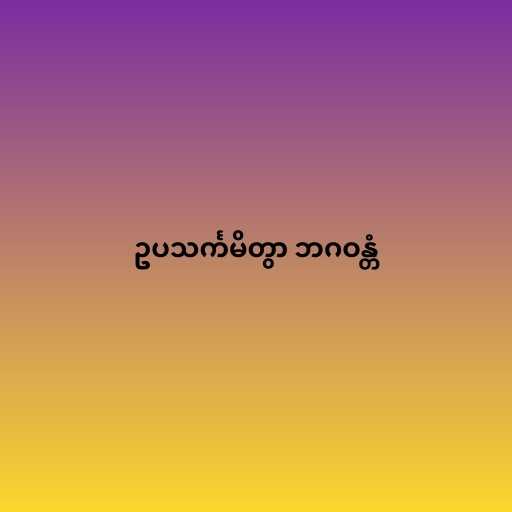
ဥပသင်္ကမိတွာ ဘဂဝန္တံ